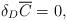
LaTeX: \begin{align*}\delta _D \overline C = 0, \end{align*}